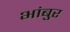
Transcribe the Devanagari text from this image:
भांबुर